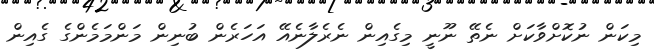
މިކަން ނުކޮށްވާކަށް ނެތޭ ނޫނީ މިގެއިން ނެރެލާނެއޭ އަހަރެން ބުނިން މަންމަމެންގެ ގެއިން